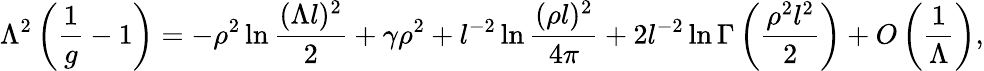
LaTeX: \Lambda^{2}\left(\frac{1}{g}-1\right)=-\rho^{2}\ln\frac{(\Lambda l)^{2}}{2}+\gamma\rho^{2}+l^{-2}\ln\frac{(\rho l)^{2}}{4\pi}+2l^{-2}\ln\Gamma\left(\frac{\rho^{2}l^{2}}{2}\right)+O\left(\frac{1}{\Lambda}\right),